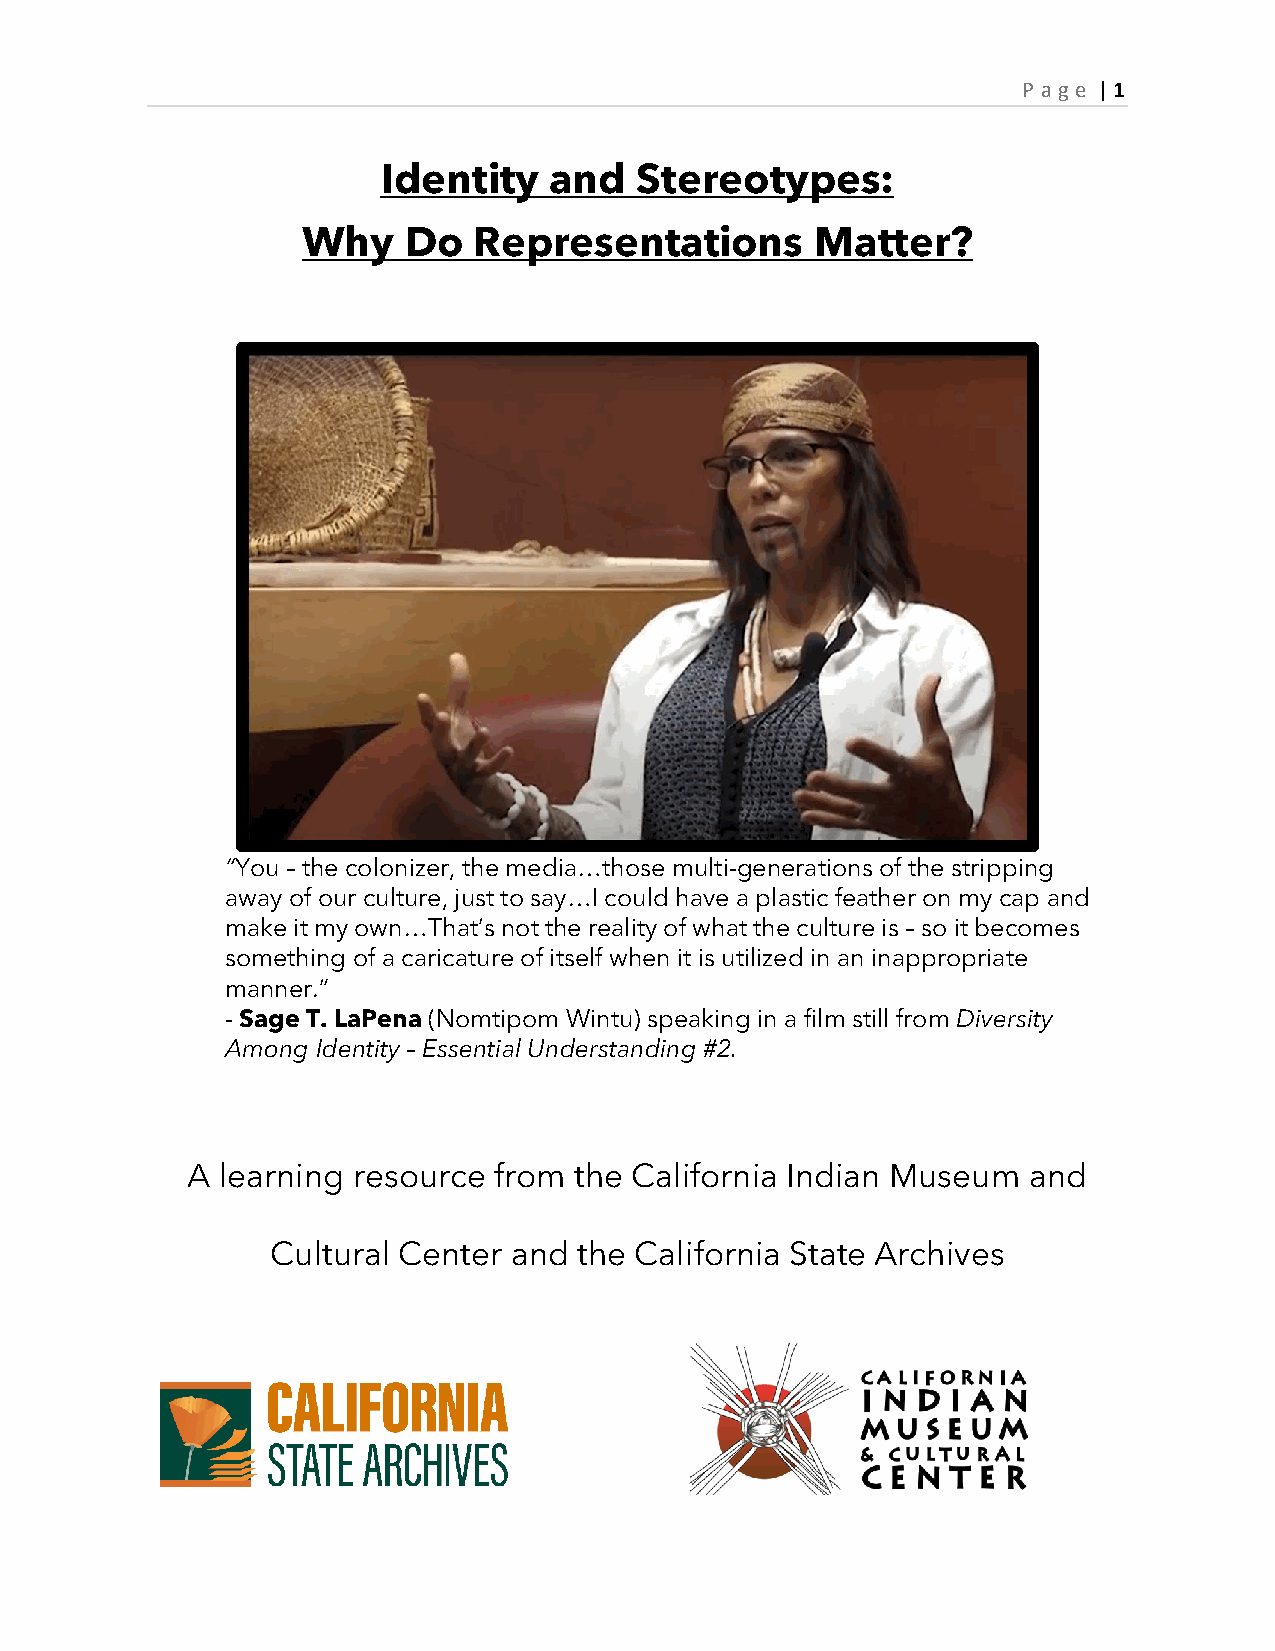
P age | 1
 Identity   and   Stereotypes:
 Why    Do  Representations        Matter?
 “You – the colonizer, the media…those multi-generations of the stripping
 away of our culture, just to say…I could have a plastic feather on my cap and
 make it my own…That’s not the reality of what the culture is – so it becomes
 something of a caricature of itself when it is utilized in an inappropriate
 manner.”
 - Sage T. LaPena (Nomtipom Wintu) speaking in a film still from Diversity
 Among Identity – Essential Understanding #2.
 A learning resource  from the California Indian Museum  and
 Cultural Center and the California State Archives